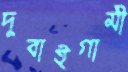
দুবাইগামী